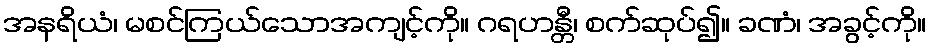
အနရိယံ၊ မစင်ကြယ်သောအကျင့်ကို။ ဂရဟန္တီ၊ စက်ဆုပ်၍။ ခဏံ၊ အခွင့်ကို။